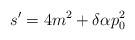
LaTeX: \begin{align*}s'=4m^{2}+\delta \alpha p^{2}_{0}\protect \protect\end{align*}